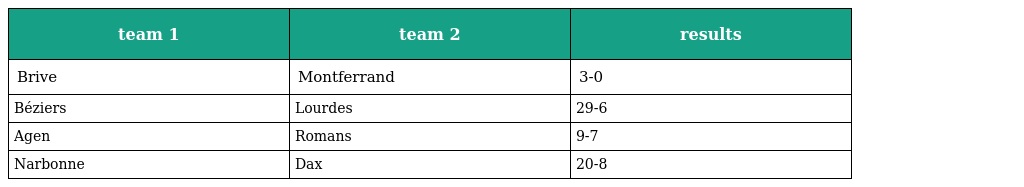
| team 1 | team 2 | results |
 | --- | --- | --- |
 | Brive | Montferrand | 3-0 |
 | Béziers | Lourdes | 29-6 |
 | Agen | Romans | 9-7 |
 | Narbonne | Dax | 20-8 |